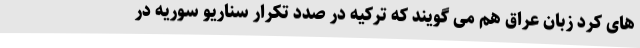
های کرد زبان عراق هم می گویند که ترکیه در صدد تکرار سناریو سوریه در